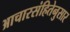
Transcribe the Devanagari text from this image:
आचारसंहितेनुसार